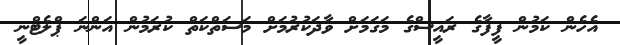
އެހެން ކަމުން ފީފާގެ ރައީސްގެ މަގަމަށް ވާދަކުރުމަށް މަސަތްކަތް ކުރަމުން އަންނަ ޕްލެޓްނީ